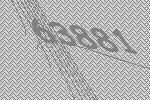
63881